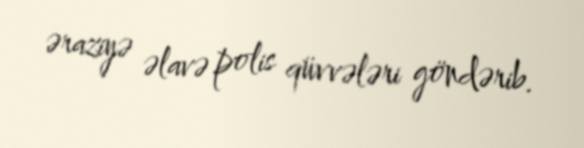
əraziyə əlavə polis qüvvələri göndərib.